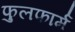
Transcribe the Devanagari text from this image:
फुलफार्म